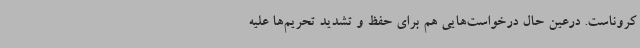
کروناست. درعین حال درخواست‌هایی هم برای حفظ و تشدید تحریم‌ها علیه